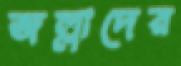
জল্লাদের